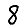
Digit: 8